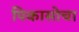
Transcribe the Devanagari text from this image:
पिकासोचा